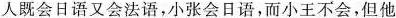
人既会日语又会法语，小张会日语，而小王不会，但他